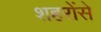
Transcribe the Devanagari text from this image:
शहरोंसे